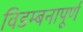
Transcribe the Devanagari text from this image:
विडम्बनापूर्ण